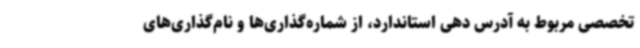
تخصصی مربوط به آدرس دهی استاندارد، از شماره‌گذاری‌ها و نام‌گذاری‌های